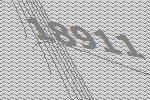
18911